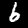
Digit: 6